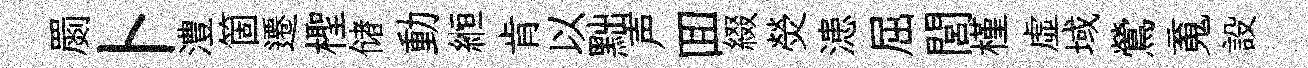
罽卜澧箇遷檉储動縆肯以黜声囬綴熒漶屈閭槿虚域鶯䰟設